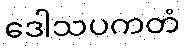
ဒေါသပကတံ